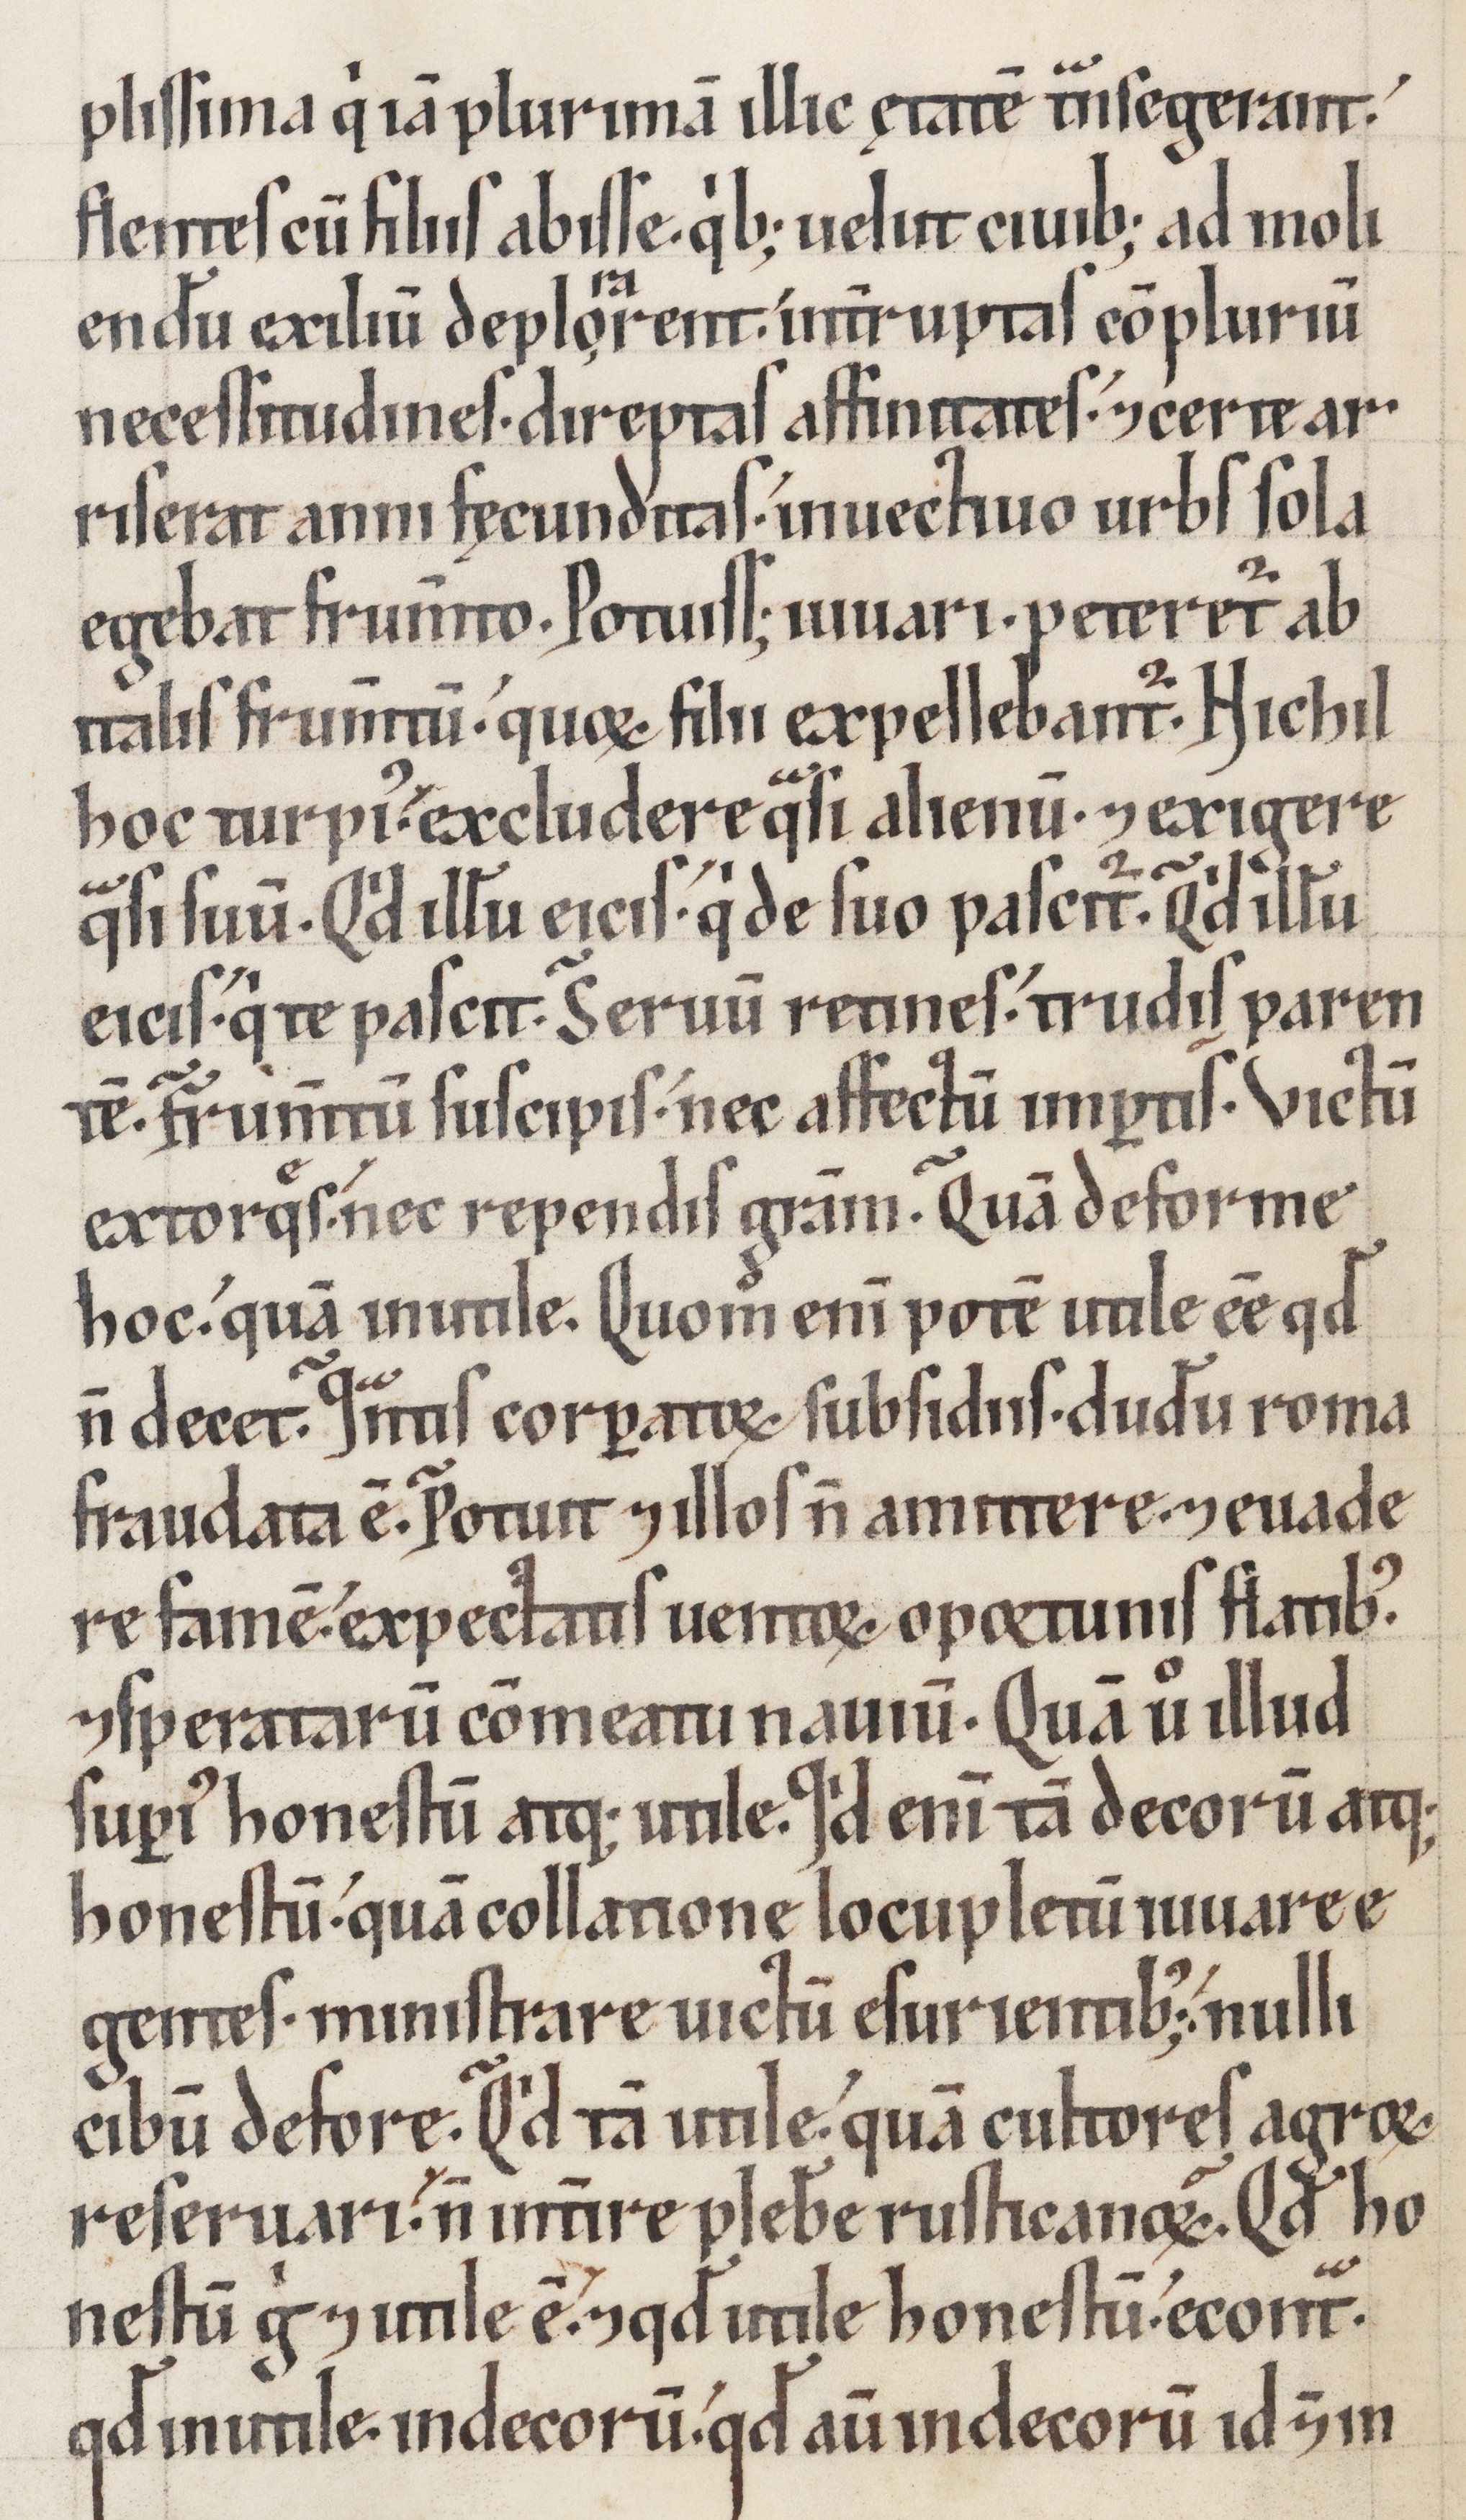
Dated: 1100–1199